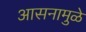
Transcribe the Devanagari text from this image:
आसनामुळे